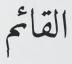
القائم